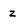
Character: Z